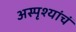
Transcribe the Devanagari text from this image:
अस्पृश्यांचं